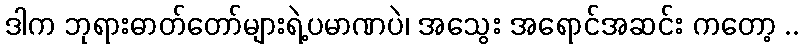
ဒါက ဘုရားဓာတ်တော်များရဲ့ပမာဏပဲ၊ အသွေး အရောင်အဆင်း ကတော့ ..